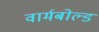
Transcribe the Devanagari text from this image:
वार्मबोल्ड